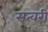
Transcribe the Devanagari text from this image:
सत्वरी